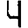
Digit: 4